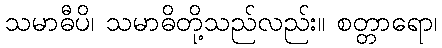
သမာဓီပိ၊ သမာဓိတို့သည်လည်း။ စတ္တာရော၊